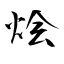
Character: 烩